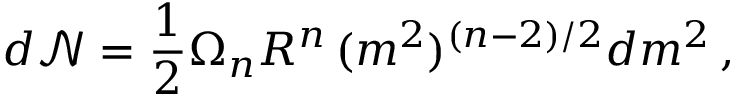
d { \mathcal { N } } = \frac { 1 } { 2 } \Omega _ { n } R ^ { n } \, ( m ^ { 2 } ) ^ { ( n - 2 ) / 2 } d m ^ { 2 } \, ,